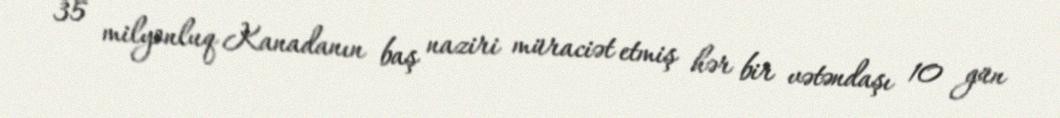
35 milyonluq Kanadanın baş naziri müraciət etmiş hər bir vətəndaşı 10 gün